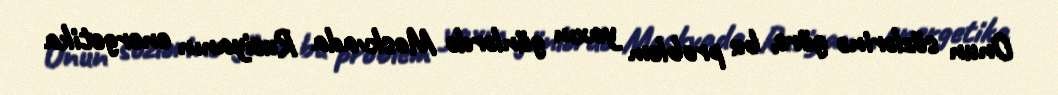
Onun sözlərinə görə, bu problem yaxın günlərdə Moskvada Rusiyanın energetika